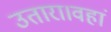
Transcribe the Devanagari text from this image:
उतारा।वहां